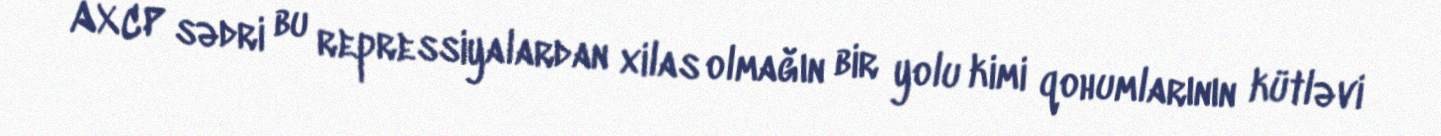
AXCP sədri bu repressiyalardan xilas olmağın bir yolu kimi qohumlarının kütləvi